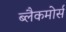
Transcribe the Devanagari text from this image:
ब्लैकमोर्स